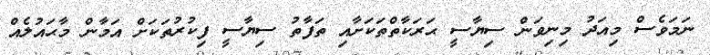
ނަމަވެސް މިއަދު މިނިވަން ސިޔާސީ ޙަރަކާތްތަކަށާއި ތަފާތު ސިޔާސީ ފިކުރުތަކަށް އަމާން މާޙައުލެއް